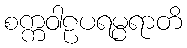
စက္ကဝါဠပရမ္ပရာတိ